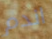
اندم